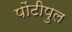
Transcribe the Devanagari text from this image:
पोंटीपुल